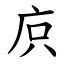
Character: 㡶